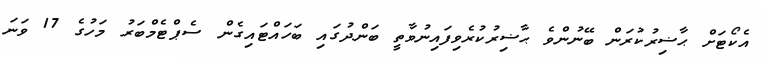
އެކޯޓަށް ޙާޟިރުކުރަން ބޭނުންވެ ޙާޟިރުކުރެވިފައިނުވާތީ ބަންދުގައި ބަހައްޓައިގެން ސެޕްޓެމްބަރު މަހުގެ 17 ވަނަ